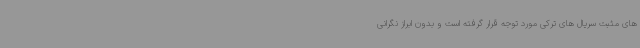
های مثبت سریال های ترکی مورد توجه قرار گرفته است و بدون ابراز نگرانی